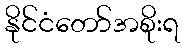
နိုင်ငံတော်အစိုးရ